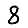
Digit: 8